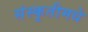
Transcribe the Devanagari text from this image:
संस्कृतीमधे